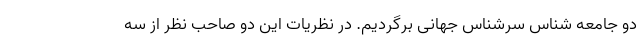
دو جامعه شناس سرشناس جهانی برگردیم. در نظریات این دو صاحب نظر از سه